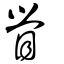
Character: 覮